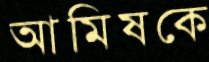
আমিষকে